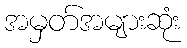
အမှတ်အများဆုံး